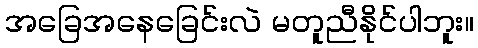
အခြေအနေခြေင်းလဲ မတူညီနိုင်ပါဘူး။